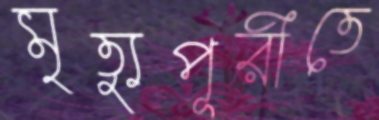
মৃত্যুপূরীতে